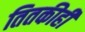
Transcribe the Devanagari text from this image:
तितकीही